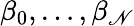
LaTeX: \beta_{0},\ldots,\beta_{\mathscr{N}}